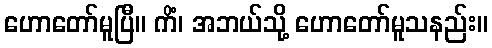
ဟောတော်မူပြီ။ ကိံ၊ အဘယ်သို့ ဟောတော်မူသနည်း။